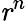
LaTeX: \textbf{\textit{r}}^{n}